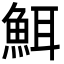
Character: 𮫸